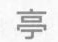
亭